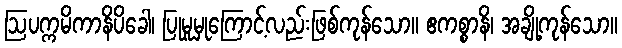
ဩပက္ကမိကာနိပိခေါ၊ ပြုမူမှုကြောင့်လည်းဖြစ်ကုန်သော။ ဧကစ္စာနိ၊ အချို့ကုန်သော။